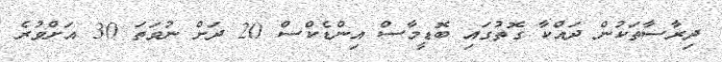
ދިރާސާތަކުން ދައްކާ ގޮތުގައި ބޮޑީމާސް އިންޑެކްސް 20 ދަށް ނުވަތަ 30 އަށްވުރެ